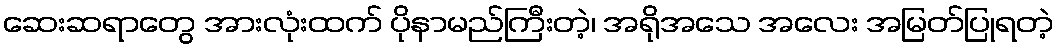
ဆေးဆရာတွေ အားလုံးထက် ပိုနာမည်ကြီးတဲ့၊ အရိုအသေ အလေး အမြတ်ပြုရတဲ့